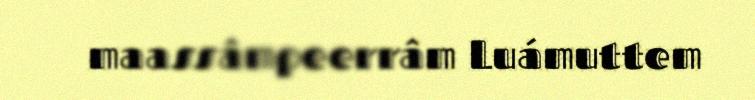
maassâmpeerrâm Luámuttem